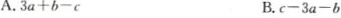
A.$$3a+b-c$$ B.$$c-3a-b$$